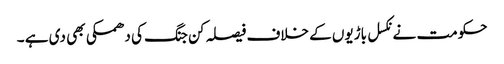
حکومت نے نکسل باڑیوں کے خلاف فیصلہ کن جنگ کی دھمکی بھی دی ہے ۔